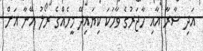
އަދި ސާރާ އާއި ހާޖަރުގެ ވާހަކަ ކިޔައިދޭ މީހެއްގެ ރޯލު އޭނާ އަށް